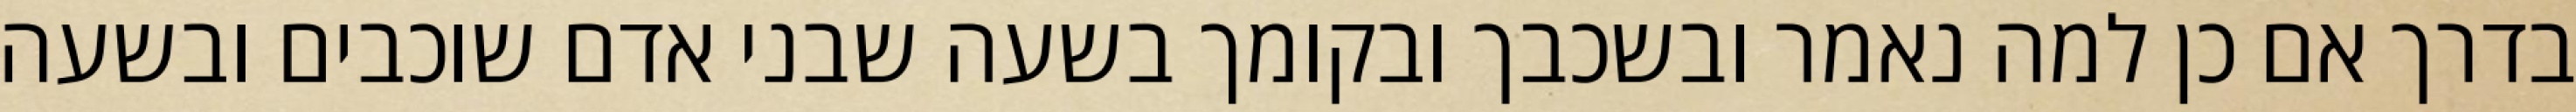
בדרך אם כן למה נאמר ובשכבך ובקומך בשעה שבני אדם שוכבים ובשעה